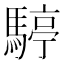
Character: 𩤙